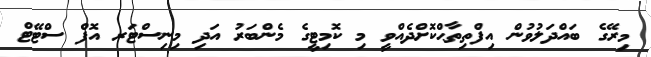
މިރޭގެ ބައްދަލުވުން އިފްތިތާޙްކޮށްދެއްވީ މި ކޮމިޓީގެ މެންބަރު އަދި މިނިސްޓަރ އޮފް ސްޓޭޓް